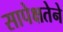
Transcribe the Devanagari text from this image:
सापेक्षतेने